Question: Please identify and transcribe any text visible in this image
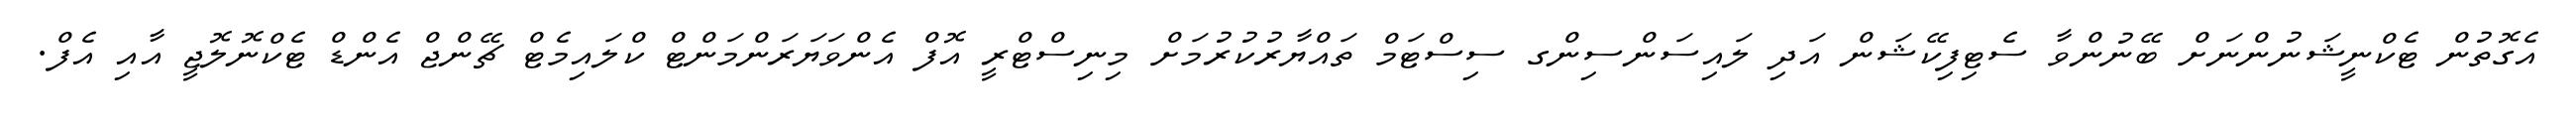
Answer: އެގޮތުން ޓެކްނީޝަނުންނަށް ބޭނުންވާ ސެޓިފިކޭޝަން އަދި ލައިސަންސިންގ ސިސްޓަމް ތައްޔާރުކުރުމަށް މިނިސްޓްރީ އޮފް އެންވަޔަރަންމަންޓް ކްލައިމެޓް ޗޭންޖް އެންޑް ޓެކްނޮލޮޖީ އާއި އެފް.